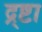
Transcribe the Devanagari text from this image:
द्र्ष्टा